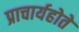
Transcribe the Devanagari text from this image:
प्राचार्यहोते